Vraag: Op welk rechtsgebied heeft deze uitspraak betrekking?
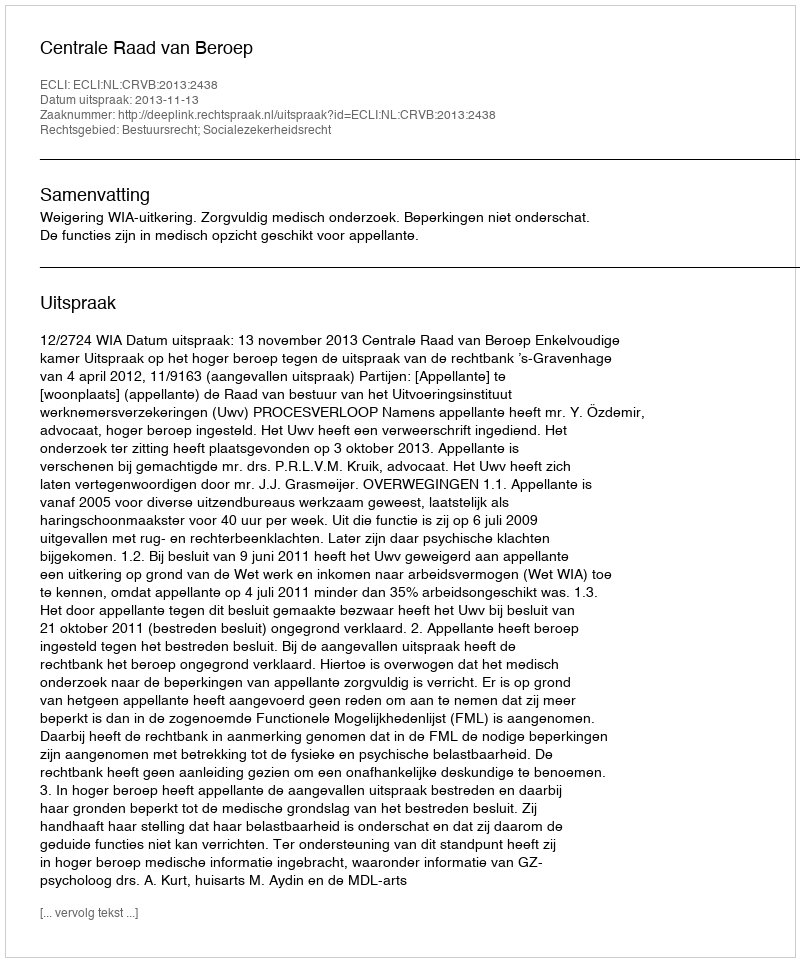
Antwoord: Bestuursrecht; Socialezekerheidsrecht